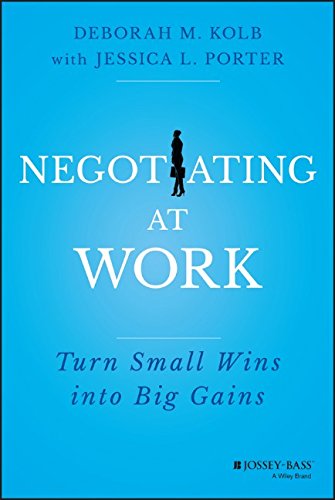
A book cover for Negotiating at Work: Turn Small Wins into Big Gains; Deborah M. Kolb; Business & Money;